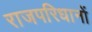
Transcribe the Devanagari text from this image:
राजपरिधानों